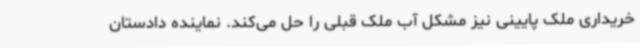
خریداری ملک پایینی نیز مشکل آب ملک قبلی را حل می‌کند. نماینده دادستان